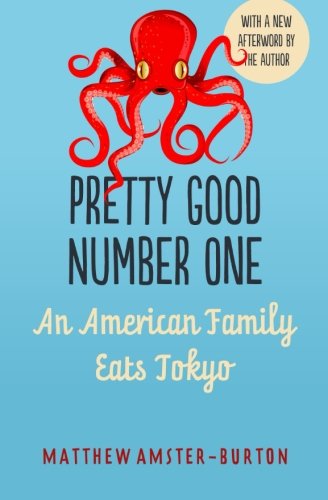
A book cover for Pretty Good Number One: An American Family Eats Tokyo; Matthew Amster-Burton; Travel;